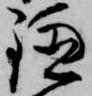
鎌